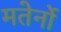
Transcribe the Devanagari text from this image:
मतेर्नो